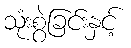
သုံးစွဲခြင်းနှင့်